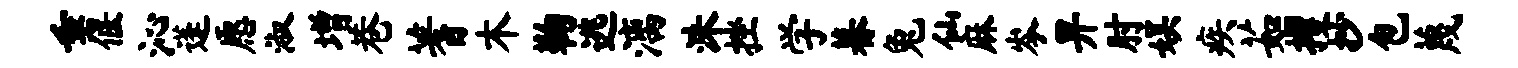
垂偃沁蓬愿淑增巷蓍木鞠逃漓洙挫学暮兔仙麻岑畀肘娱疾茹攫抄包蔑